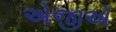
એજીએ